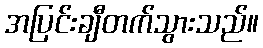
အပြင်းချီတက်သွားသည်။